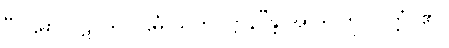
“ပဌမာ ပဋိပဒါ ပဌမံ သတိပဋ္ဌာန”န္တိ အာဒိ၊ ကို။ ဝုတ္တံ၊ ၏။